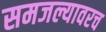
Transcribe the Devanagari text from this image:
समजल्यावरच